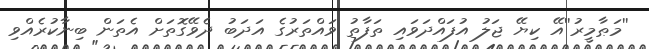
''މަޠާމީރު''އޭ ކިޔޭ ޖަލު އުފައްދަވައި ތަފާތު ވައްތަރުގެ އަދަބު ދެވޭގޮތަށް އެތަން ބިނާކުރެއްވި